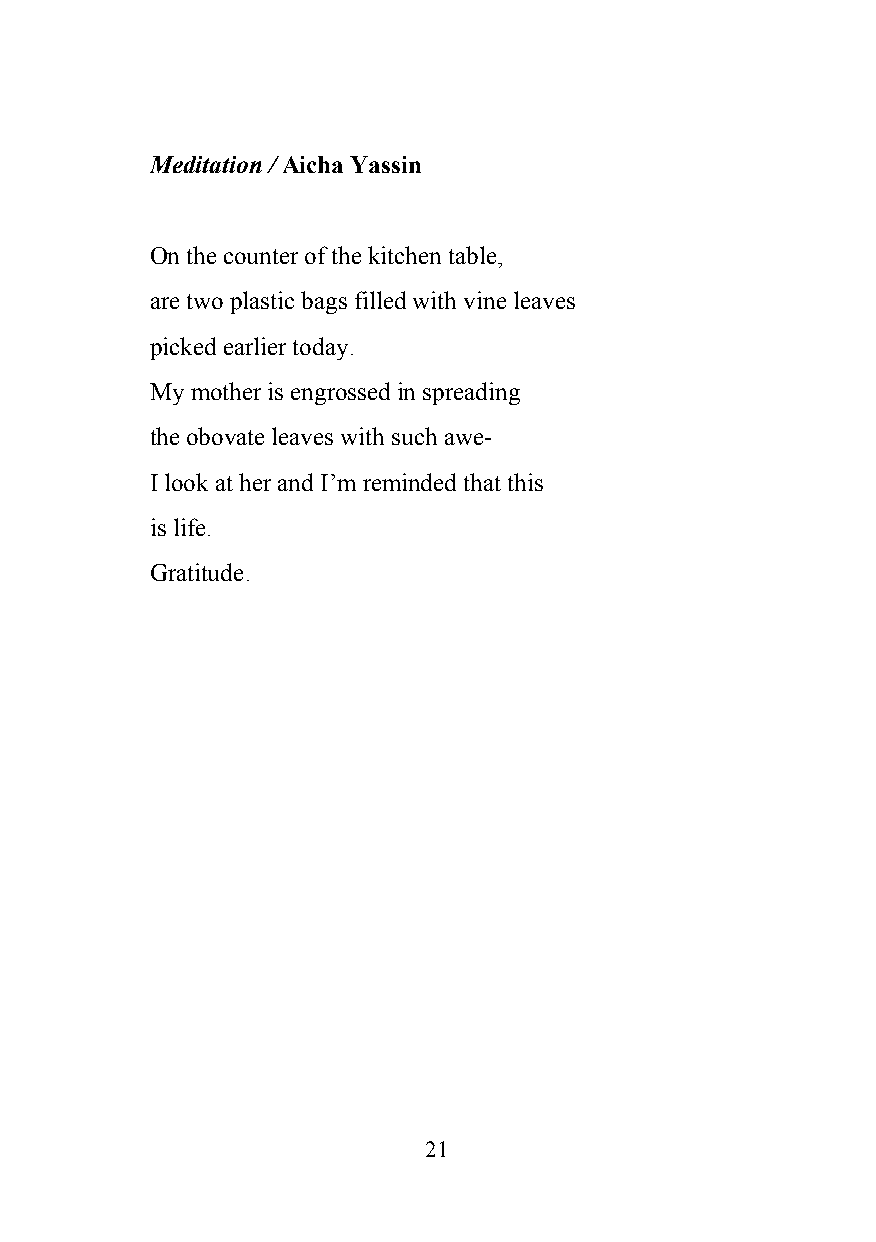
Meditation / Aicha Yassin
 ​
 On the counter of the kitchen table,
 are two plastic bags filled with vine leaves
 picked earlier today.
 My mother is engrossed in spreading
 the obovate leaves with such awe-
 I look at her and I’m reminded that this
 is life.
 Gratitude.
 21